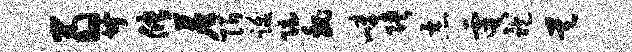
翁廿储尘陌跋隐魏嶂陕恶虞袍昊